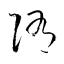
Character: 陏